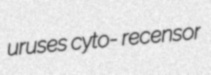
uruses cyto- recensor